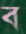
ব